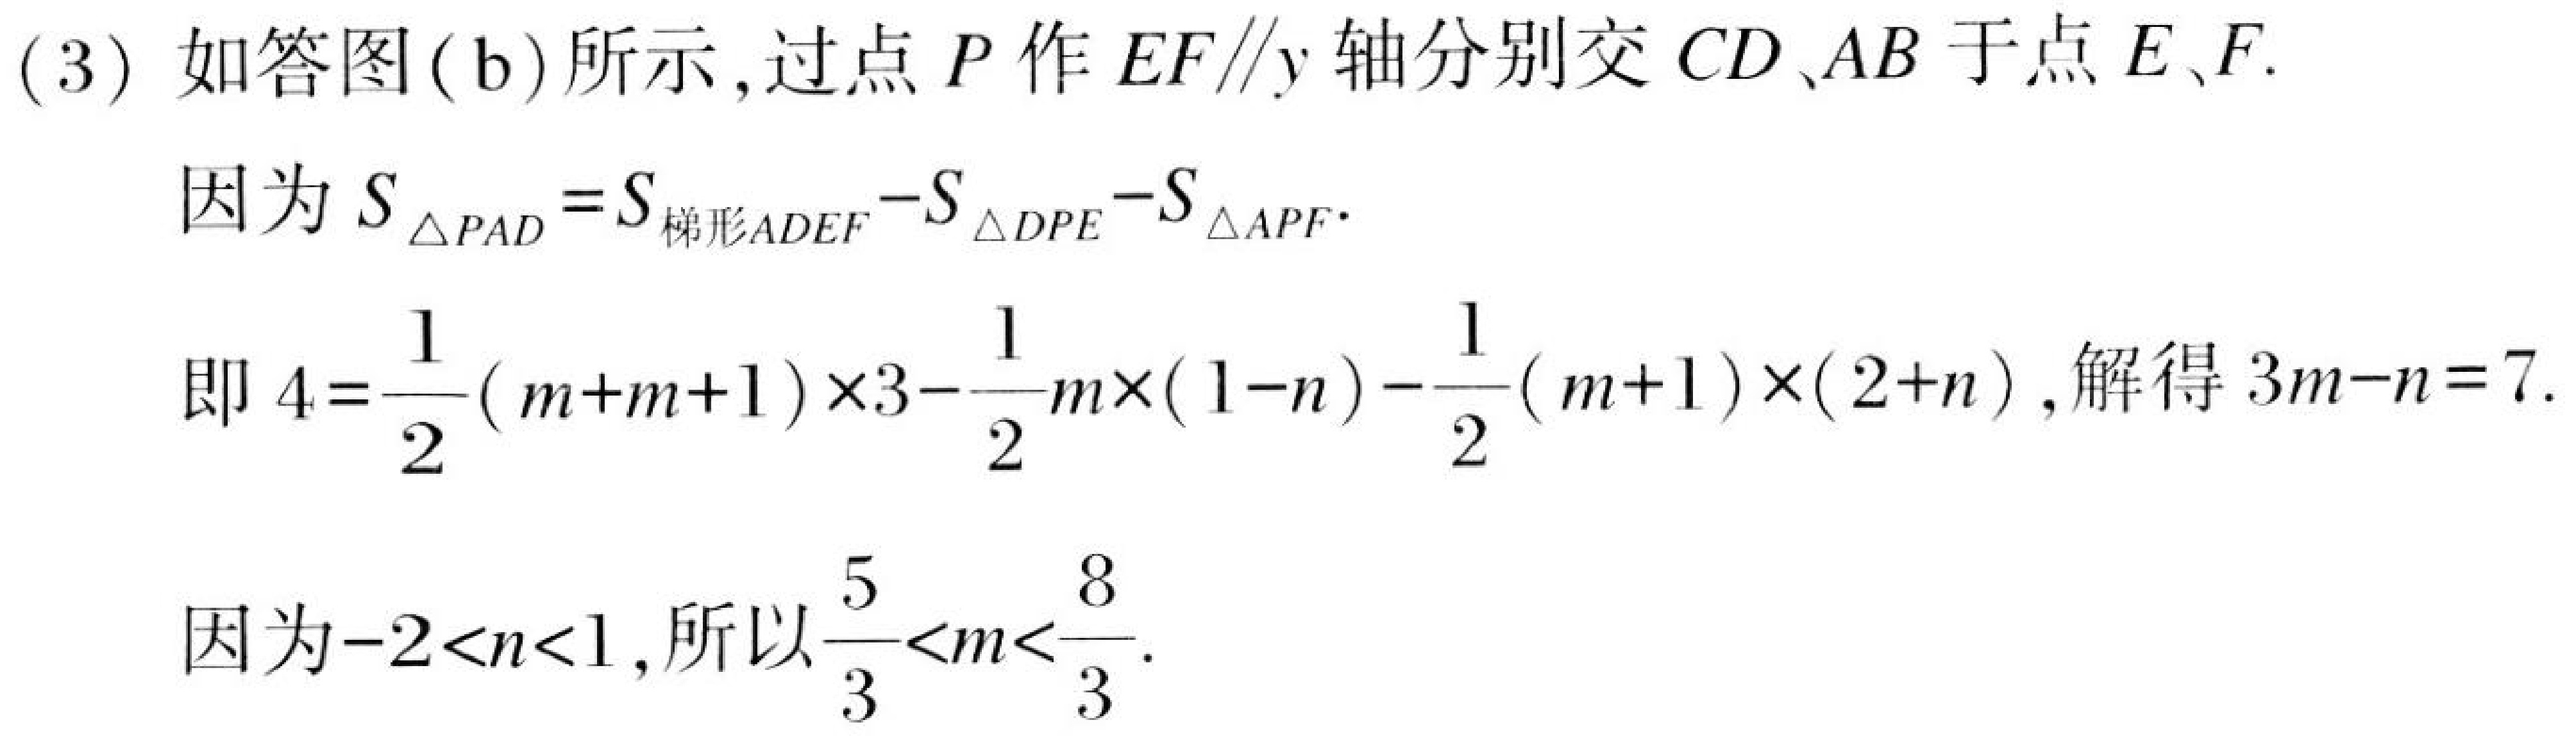
(3) 如答图(b)所示，过点 \(P\) 作 \(EF\parallel y\) 轴分别交 \(CD、AB\) 于点 \(E、F\).
因为 \(S_{\triangle PAD}=S_{梯形ADEF}-S_{\triangle DPE}-S_{\triangle APF}\).
即 \(4 = \frac{1}{2}(m + m + 1)\times3-\frac{1}{2}m\times(1 - n)-\frac{1}{2}(m + 1)\times(2 + n)\)，解得 \(3m - n = 7\).
因为\(-2 < n < 1\)，所以\(\frac{5}{3}<m<\frac{8}{3}\).